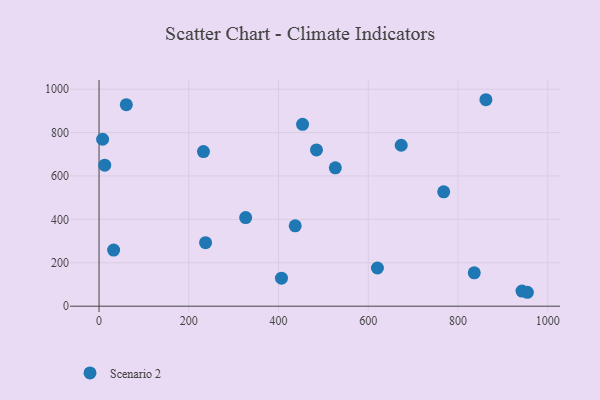
{"axis": {"x": "Ad Spend", "y": "Rating"}, "legend": ["Scenario 2"], "data": [{"x": "484.6", "y": 719.9, "type": "Scenario 2"}, {"x": "673.4", "y": 741.5, "type": "Scenario 2"}, {"x": "232.7", "y": 712.6, "type": "Scenario 2"}, {"x": "620.4", "y": 176.0, "type": "Scenario 2"}, {"x": "326.8", "y": 408.4, "type": "Scenario 2"}, {"x": "453.6", "y": 838.1, "type": "Scenario 2"}, {"x": "32.5", "y": 258.4, "type": "Scenario 2"}, {"x": "526.6", "y": 637.4, "type": "Scenario 2"}, {"x": "237.4", "y": 292.8, "type": "Scenario 2"}, {"x": "862.2", "y": 951.3, "type": "Scenario 2"}, {"x": "406.6", "y": 129.2, "type": "Scenario 2"}, {"x": "768.1", "y": 527.1, "type": "Scenario 2"}, {"x": "60.8", "y": 928.3, "type": "Scenario 2"}, {"x": "12.7", "y": 649.5, "type": "Scenario 2"}, {"x": "942.6", "y": 69.8, "type": "Scenario 2"}, {"x": "8.0", "y": 769.2, "type": "Scenario 2"}, {"x": "954.6", "y": 64.1, "type": "Scenario 2"}, {"x": "437.2", "y": 370.5, "type": "Scenario 2"}, {"x": "836.2", "y": 153.8, "type": "Scenario 2"}]}